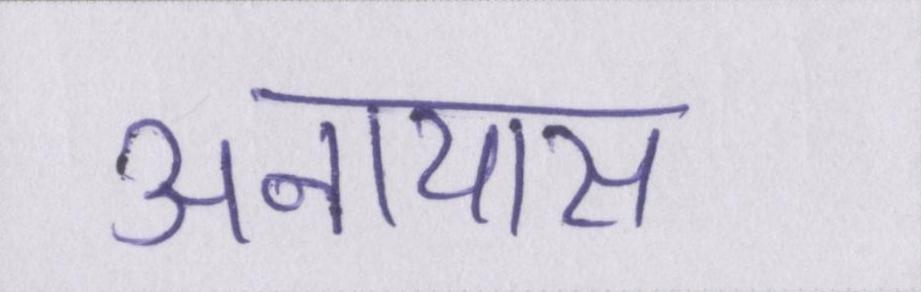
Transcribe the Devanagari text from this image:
अनायास